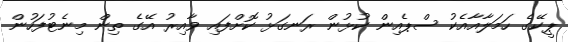
ޕީކޭގެ ހަމަލާއާއެކު ސްޕެއިން ކުޅުން ރަނގަޅު ކޮށްފައި ވާއިރު އޭގެ ތިން މިނެޓުފަހުން